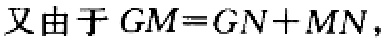
又由于 \(GM = GN+MN\)，